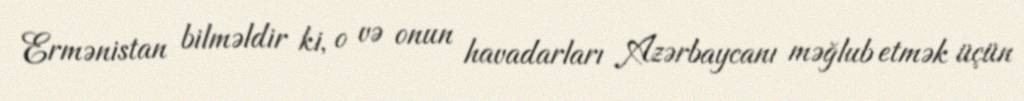
Ermənistan bilməldir ki, o və onun havadarları Azərbaycanı məğlub etmək üçün